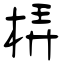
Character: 梇